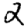
Digit: 2